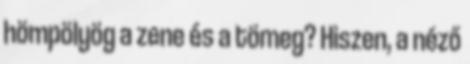
hömpölyög a zene és a tömeg? Hiszen, a néző